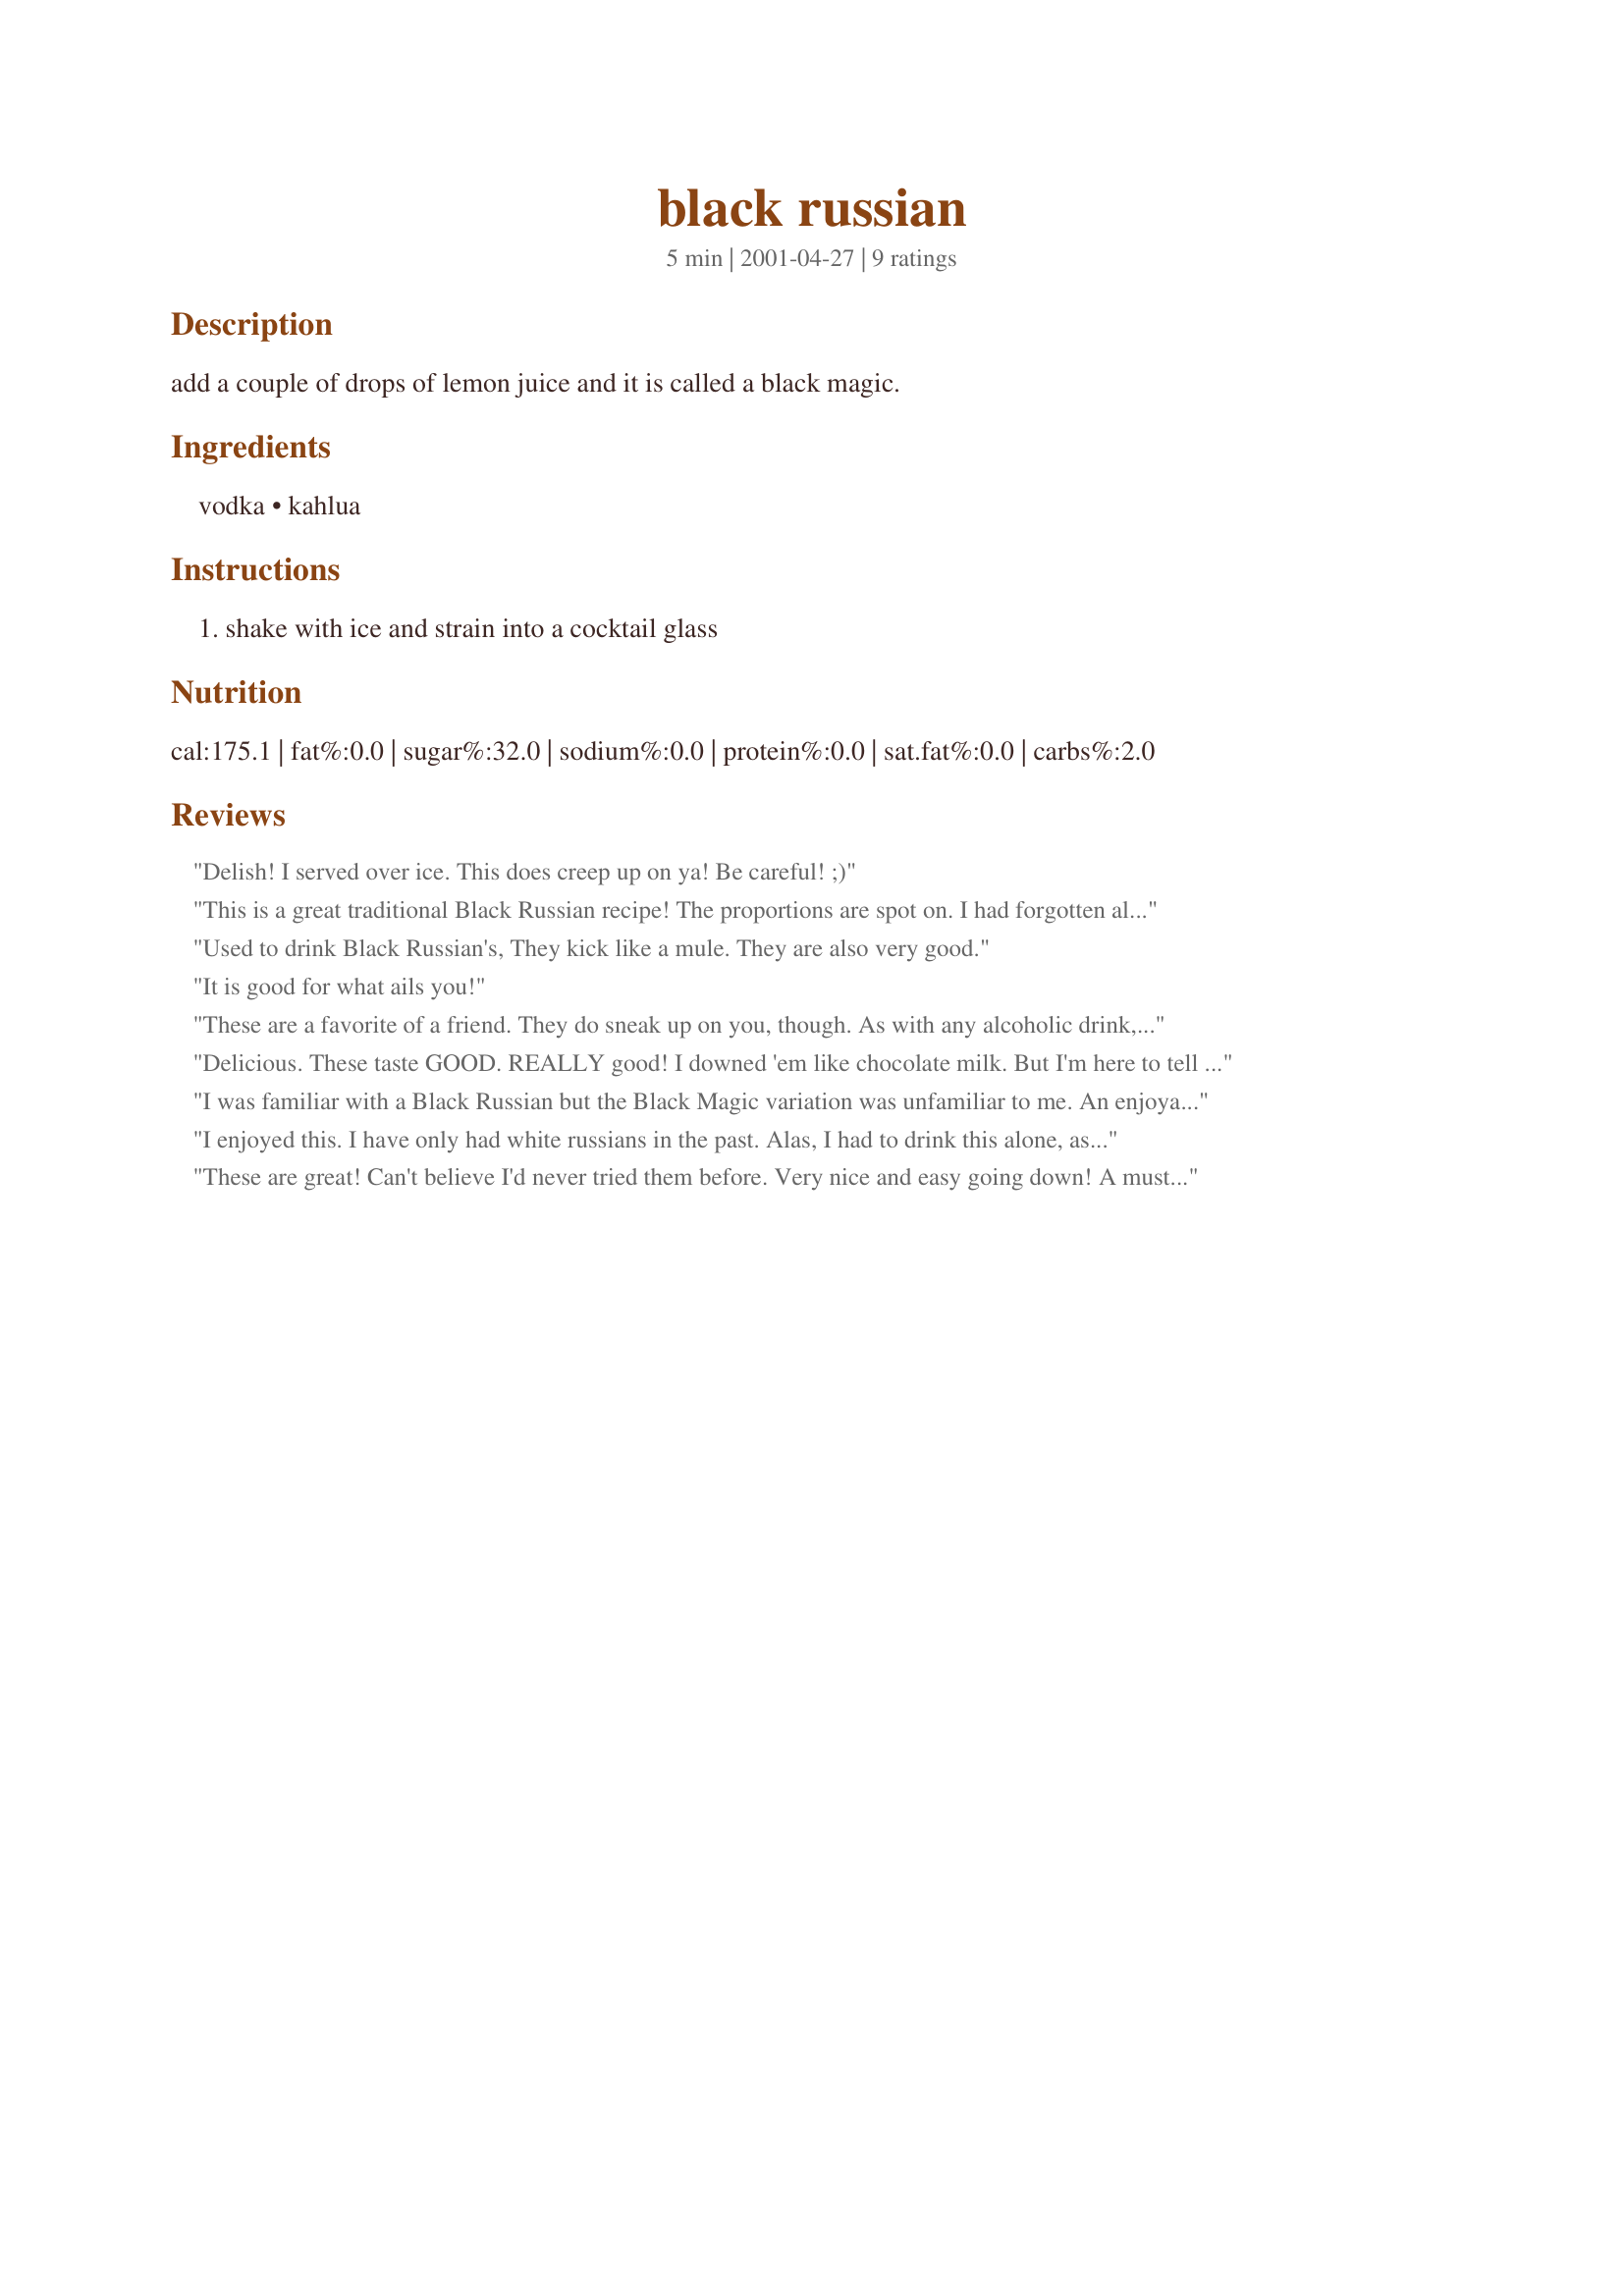
black russian
Preparation time: 5 minutes

add a couple of drops of lemon juice and it is called a black magic.

Ingredients:
vodka, kahlua

Steps:
shake with ice and strain into a cocktail glass

Reviews:
Delish! I served over ice. This does creep up on ya! Be careful! ;)
This is a great traditional Black Russian recipe! The proportions are spot on. I had forgotten all about Black Magic... so I made them tonight! We all loved them. Thanks for posting!
Used to drink Black Russian's, They kick like a mule. They are also very good.
It is good for what ails you!
These are a favorite of a friend. They do sneak up on you, though. As with any alcoholic drink, moderation is the key.
Delicious. These taste GOOD. REALLY good! I downed 'em like chocolate milk. But I'm here to tell you - these are NOT chocolate milk. Be prepared to keep your guests overnight if they like this as much as I did. Because they're so yummy you don't want to stop after just one. Or two. Or three. And you don't want them driving home. You can make a less lethal White Russian by making substituting cream or milk for the vodka and serving over ice. It's not the same, but you can drive home if you don't have too many.
I was familiar with a Black Russian but the Black Magic variation was unfamiliar to me. An enjoyable drink.
I enjoyed this. I have only had white russians in the past. Alas, I had to drink this alone, as dh doesn't like Kahlua. His loss! Thank you very much.
These are great! Can't believe I'd never tried them before. Very nice and easy going down! A must before all family functions.
